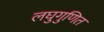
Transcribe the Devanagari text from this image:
लघुगुणित